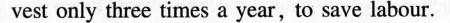
vest only three times a year, to save labour.